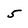
Character: 5